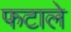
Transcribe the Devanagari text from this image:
फटाले